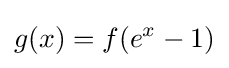
g(x)=f(e^{x}-1)